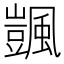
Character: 颽